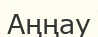
Аңңау